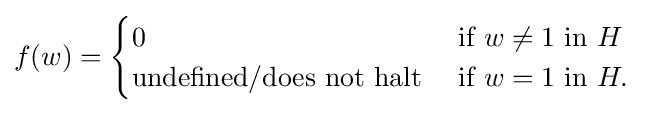
f(w)={\begin{cases}0&{\text{if}}\ w\neq 1\ {\text{in}}\ H\\{\text{undefined/does not halt}}\ &{\text{if}}\ w=1\ {\text{in}}\ H.\end{cases}}